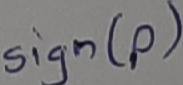
Text: Sign(p)